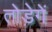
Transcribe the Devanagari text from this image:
तोड़ेगें